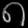
Digit: ၈